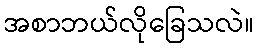
အစာဘယ်လိုခြေသလဲ။